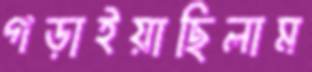
গড়াইয়াছিলাম